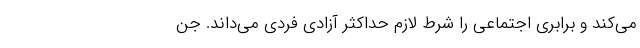
می‌کند و برابری اجتماعی را شرط لازم حداکثر آزادی فردی می‌داند. جن